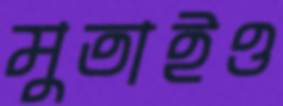
মুতাইও